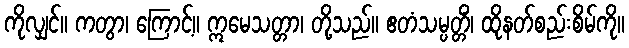
ကိုလျှင်။ ကတွာ၊ ကြောင့်။ ဣမေသတ္တာ၊ တို့သည်။ ဧတံသမ္ပတ္တိံ၊ ထိုနတ်စည်းစိမ်ကို။